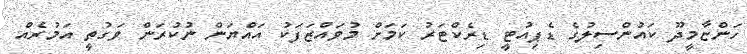
ހަންޏާމީދޫ ކައުންސިލުގެ ޑެޕިއުޓީ ޑިރެކްޓަރު ކަމަށް މުވައްޒަފަކު އައްޔަން ނުކުރަން ވަގުތީ އަމުރެއް